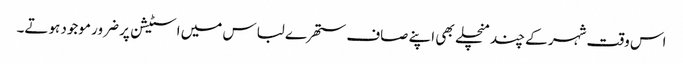
اس وقت شہر کے چند منچلے بھی اپنے صاف ستھرے لباس میں اسٹیشن پر ضرور موجود ہوتے۔